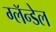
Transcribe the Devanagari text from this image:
ग्लॅन्डेल